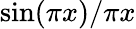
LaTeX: \sin(\pi x)/\pi x